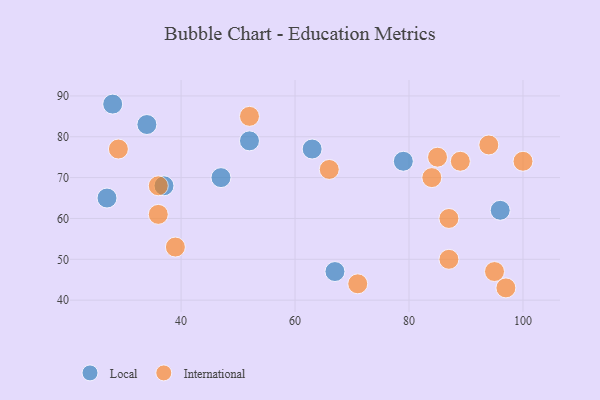
{"axis": {"x": "GDP", "y": "Life Expectancy"}, "legend": ["International", "Local"], "data": [{"x": "52", "y": 79, "type": "Local"}, {"x": "27", "y": 65, "type": "Local"}, {"x": "37", "y": 68, "type": "Local"}, {"x": "79", "y": 74, "type": "Local"}, {"x": "47", "y": 70, "type": "Local"}, {"x": "34", "y": 83, "type": "Local"}, {"x": "28", "y": 88, "type": "Local"}, {"x": "67", "y": 47, "type": "Local"}, {"x": "63", "y": 77, "type": "Local"}, {"x": "96", "y": 62, "type": "Local"}, {"x": "87", "y": 50, "type": "International"}, {"x": "84", "y": 70, "type": "International"}, {"x": "52", "y": 85, "type": "International"}, {"x": "97", "y": 43, "type": "International"}, {"x": "71", "y": 44, "type": "International"}, {"x": "36", "y": 61, "type": "International"}, {"x": "66", "y": 72, "type": "International"}, {"x": "39", "y": 53, "type": "International"}, {"x": "29", "y": 77, "type": "International"}, {"x": "89", "y": 74, "type": "International"}, {"x": "36", "y": 68, "type": "International"}, {"x": "85", "y": 75, "type": "International"}, {"x": "87", "y": 60, "type": "International"}, {"x": "94", "y": 78, "type": "International"}, {"x": "100", "y": 74, "type": "International"}, {"x": "95", "y": 47, "type": "International"}]}